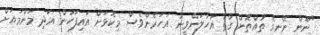
"ނޫން ނޭނގޭ ތުއްތޮން ގާތު އަހާލަންވީނު އަހަރެންވެސް މިކޮޅަށް އައިފަހުން އަދި މަންމައަށް